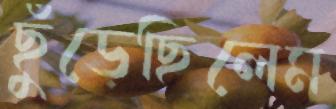
ছুঁড়েছিলেম